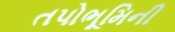
તપોભૂમિની